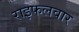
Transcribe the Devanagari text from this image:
राइफलवार